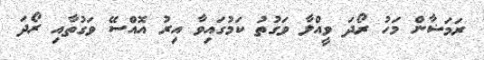
ރަމަޟާން މަހު ރޯދަ ވީއްލާ ވަގުތު ކަމުގައިވާ އިރު އޮއްސޭ ވަގުތާއި ރޯދަ